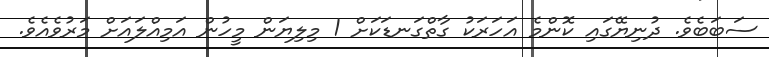
ސަބަބެވެ. ދުނިޔޭގައި ކޮންމެ އަހަރަކު ގާތްގަނޑަކަށް 1 މިލިޔަން މީހުން އަމިއްލައަށް މަރުވެއެވެ.